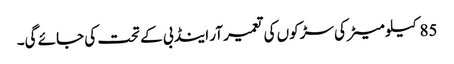
85کیلو میٹر کی سڑکوں کی تعمیر آر اینڈ بی کے تحت کی جائے گی۔